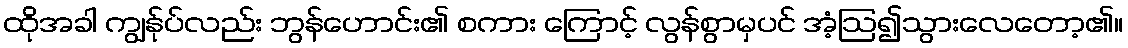
ထိုအခါ ကျွန်ုပ်လည်း ဘွန်ဟောင်း၏ စကား ကြောင့် လွန်စွာမှပင် အံ့ဩ၍သွားလေတော့၏။